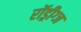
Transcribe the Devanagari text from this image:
रॉड्रीग्ज